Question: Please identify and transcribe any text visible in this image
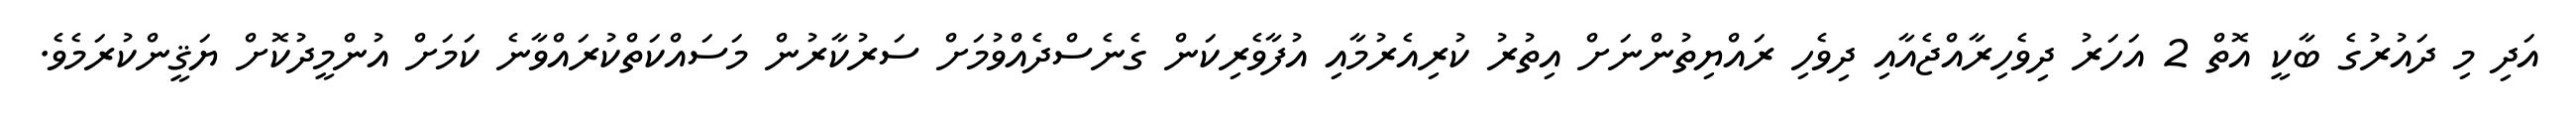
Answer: އަދި މި ދައުރުގެ ބާކީ އޮތް 2 އަހަރު ދިވެހިރާއްޖެއާއި ދިވެހި ރައްޔިތުންނަށް އިތުރު ކުރިއެރުމާއި އުފާވެރިކަން ގެނެސްދެއްވުމަށް ސަރުކާރުން މަސައްކަތްކުރައްވާނެ ކަމަށް އުންމީދުކޮށް ޔަޤީންކުރަމެވެ.